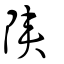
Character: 陜